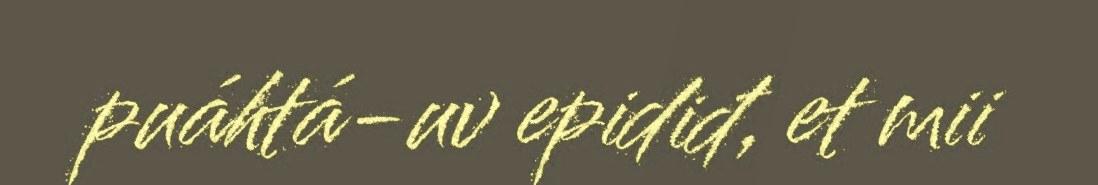
puáhtá-uv epidiđ, et mii